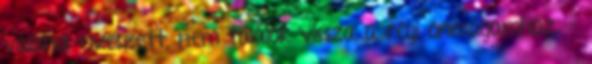
valahol elveszett, nem találok vissza a régi önmagamhoz. -